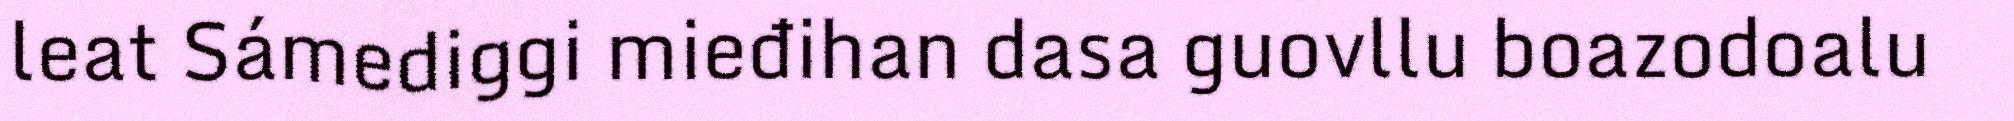
leat Sámediggi mieđihan dasa guovllu boazodoalu